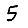
Digit: 5